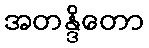
အတန္ဒိတော